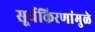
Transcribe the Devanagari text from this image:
सूर्यकिरणांमुळे